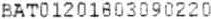
BAT01201803090220